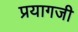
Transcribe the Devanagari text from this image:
प्रयागजी